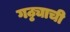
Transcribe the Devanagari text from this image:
गठ्ठ्याची